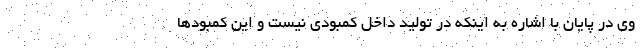
وی در پایان با اشاره به اینکه در تولید داخل کمبودی نیست و این کمبودها